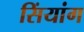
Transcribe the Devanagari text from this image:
सिंयांग